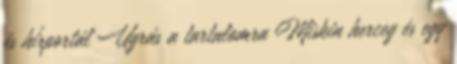
és hírportál Ugrás a tartalomra Miskin herceg és egy